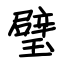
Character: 璧